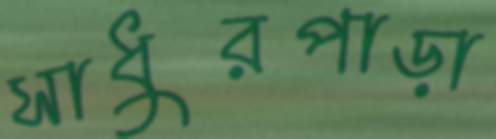
সাধুরপাড়া